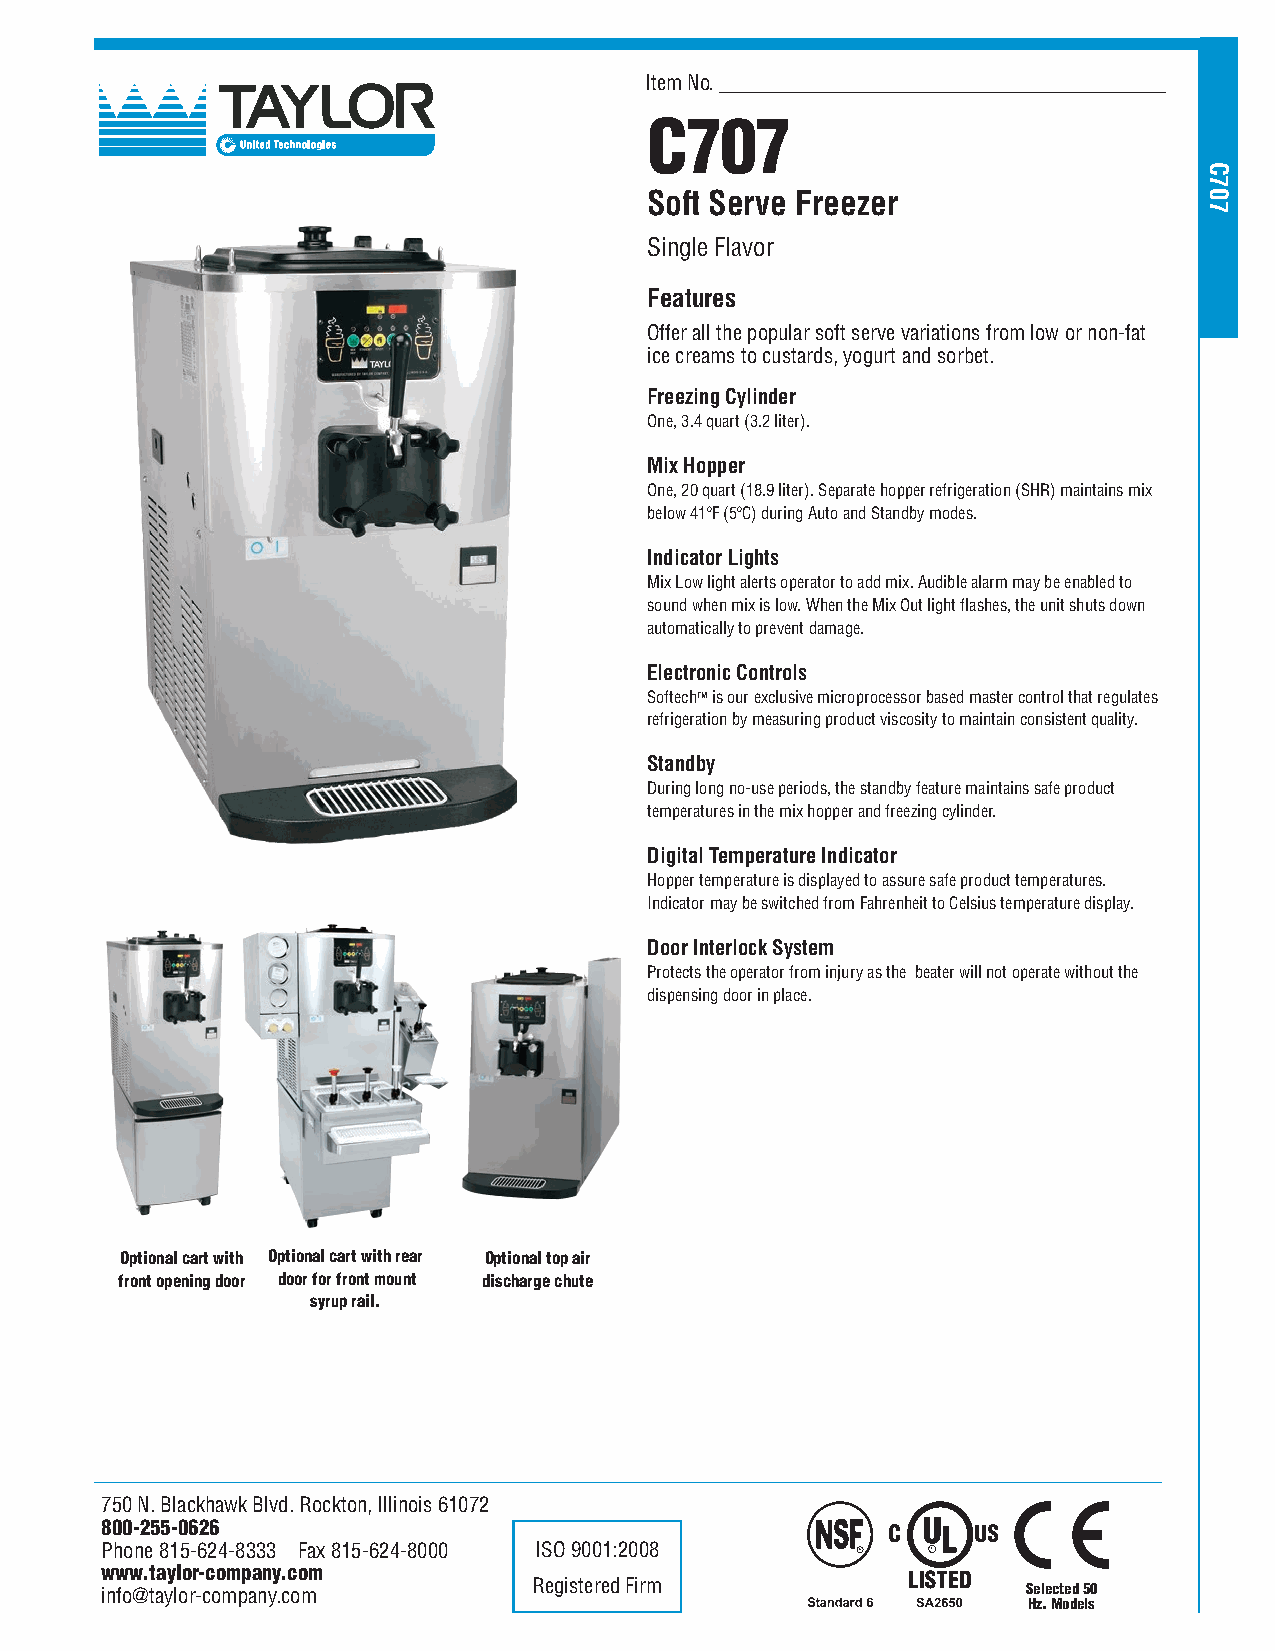
Item No. ___________________________________________
 C707
 Soft Serve Freezer
 Single Flavor
 Features
 Offer all the popular soft serve variations from low or non-fat
 ice creams to custards, yogurt and sorbet.
 Freezing Cylinder
 One, 3.4 quart (3.2 liter).
 Mix Hopper
 One, 20 quart (18.9 liter). Separate hopper refrigeration (SHR) maintains mix
 below 41ºF (5ºC) during Auto and Standby modes.
 Indicator Lights
 Mix Low light alerts operator to add mix. Audible alarm may be enabled to
 sound when mix is low. When the Mix Out light flashes, the unit shuts down
 automatically to prevent damage.
 Electronic Controls
 SoftechTM is our exclusive microprocessor based master control that regulates
 refrigeration by measuring product viscosity to maintain consistent quality.
 Standby
 During long no-use periods, the standby feature maintains safe product
 temperatures in the mix hopper and freezing cylinder.
 Digital Temperature Indicator
 Hopper temperature is displayed to assure safe product temperatures.
 Indicator may be switched from Fahrenheit to Celsius temperature display.
 Door Interlock System
 Protects the operator from injury as the beater will not operate without the
 dispensing door in place.
 Optional cart with Optional cart with rear Optional top air
 front opening door door for front mount discharge chute
 syrup rail.
 750 N. Blackhawk Blvd. Rockton, Illinois 61072
 800-255-0626
 Phone 815-624-8333 Fax 815-624-8000 ISO 9001:2008
 www.taylor-company.com
 info@taylor-company.com     Registered Firm                  Selected 50
 Hz. Models
 C707